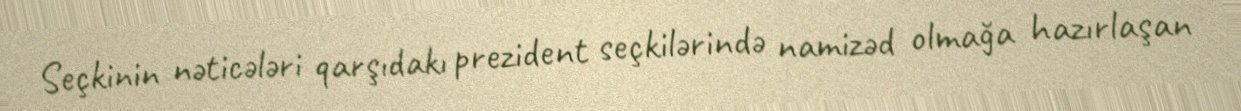
Seçkinin nəticələri qarşıdakı prezident seçkilərində namizəd olmağa hazırlaşan